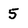
Character: 5